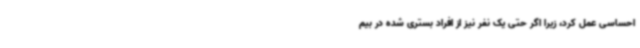
احساسی عمل کرد، زیرا اگر حتی یک نفر نیز از افراد بستری شده در بیم